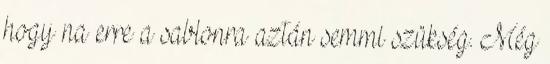
hogy na erre a sablonra aztán semmi szükség. Még